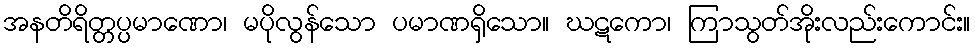
အနတိရိတ္တပ္ပမာဏော၊ မပိုလွန်သော ပမာဏရှိသော။ ဃဋကော၊ ကြာသွတ်အိုးလည်းကောင်း။